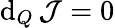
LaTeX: \mathrm{d}_{Q}\, \mathcal{J}=0